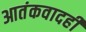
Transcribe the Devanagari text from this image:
आतंकवादही